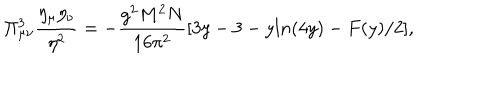
\Pi _ { \mu \nu } ^ { 3 } \frac { \eta _ { \mu } \eta _ { \nu } } { \eta ^ { 2 } } = - \frac { g ^ { 2 } M ^ { 2 } N } { 1 6 \pi ^ { 2 } } [ 3 y - 3 - y l n ( 4 y ) - F ( y ) / 2 ] ,